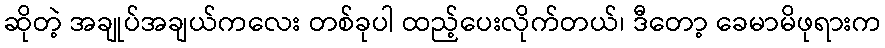
ဆိုတဲ့ အချုပ်အချယ်ကလေး တစ်ခုပါ ထည့်ပေးလိုက်တယ်၊ ဒီတော့ ခေမာမိဖုရားက